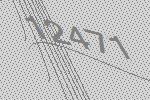
12471